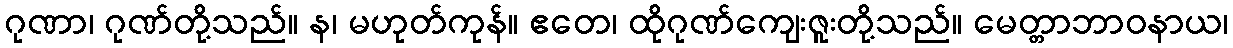
ဂုဏာ၊ ဂုဏ်တို့သည်။ န၊ မဟုတ်ကုန်။ ဧတေ၊ ထိုဂုဏ်ကျေးဇူးတို့သည်။ မေတ္တာဘာဝနာယ၊